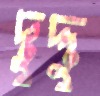
দুদ্দু